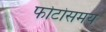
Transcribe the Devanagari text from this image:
फोटोसमय